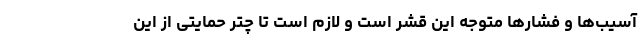
آسیب‌ها و فشار‌ها متوجه این قشر است و لازم است تا چتر حمایتی از این